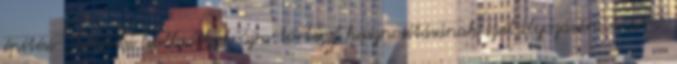
építési-, bontási hulladékok újra történő hasznosításának szabályozására és arra,